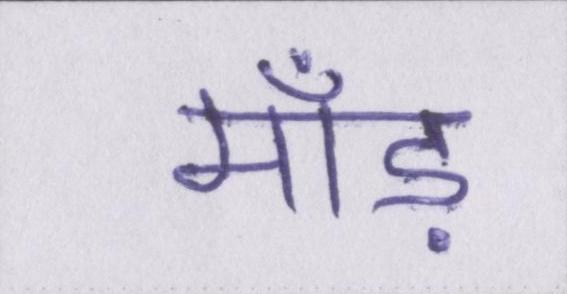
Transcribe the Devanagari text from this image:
माँड़